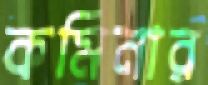
কমিনার